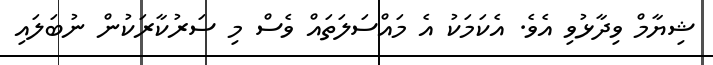
ޝިޔާމް ވިދާޅުވި އެވެ. އެކަމަކު އެ މައްސަލަތައް ވެސް މި ސަރުކާރަކުން ނުބަލައި